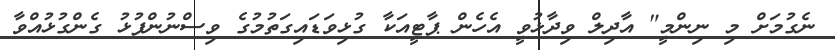
ނެގުމަށް މި ނިންމީ" އާދިލް ވިދާޅުވީ އެހެން ޕާޓީއަކާ ގުޅިވަޑައިގަތުމުގެ ވިސްނުންފުޅު ގެންގުޅުއްވާ